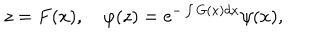
LaTeX: z = F ( x ) , \quad \varphi ( z ) = \mathrm { e } ^ { - \int G ( x ) d x } \psi ( x ) ,